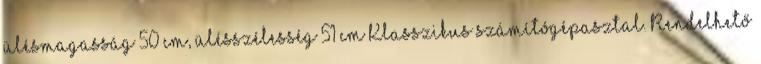
ülésmagasság 50 cm, ülésszélesség 51 cm Klasszikus számítógépasztal. Rendelhető